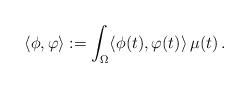
LaTeX: \begin{align*}\langle \phi, \varphi \rangle := \int_{\Omega} \langle \phi(t), \varphi(t) \rangle \,\mu(t)\,.\end{align*}